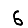
Digit: 6